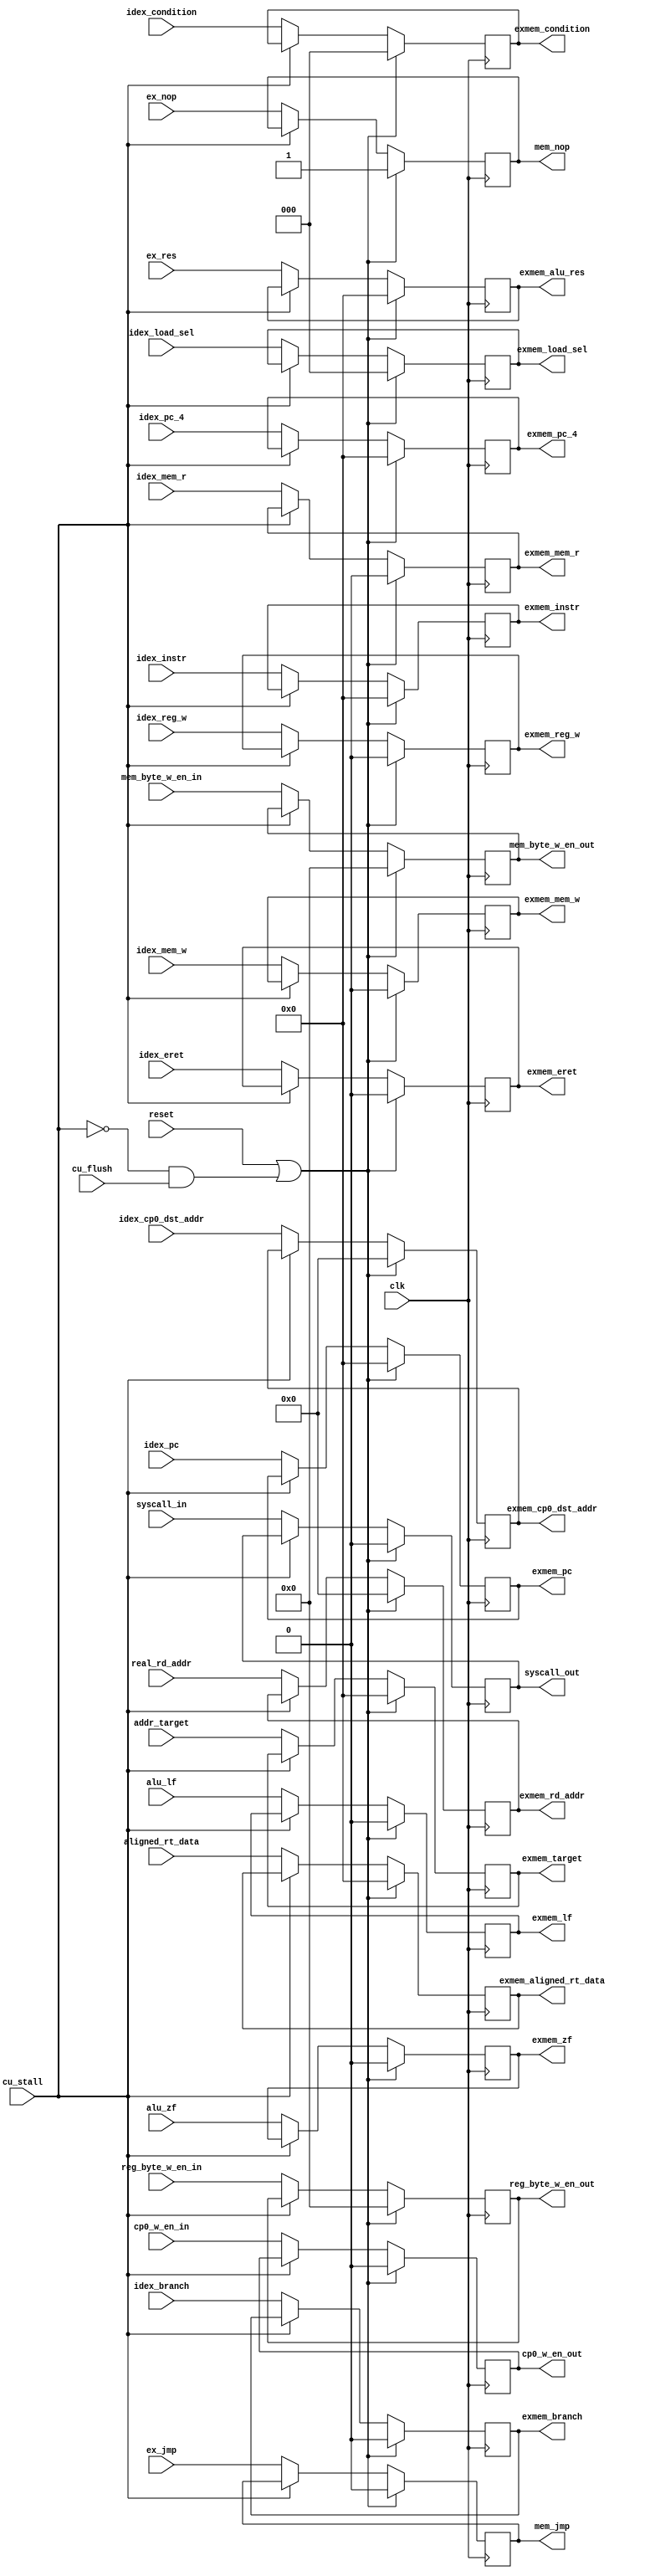
`timescale 1ns / 1ps
//////////////////////////////////////////////////////////////////////////////////
// Company:  Nanjing University CS 2013
// 
// Design Name: 
// Module Name: exmem_reg
// Project Name: 
// Target Devices: 
// Tool Versions: 
// Description: 
// 
// Dependencies: 
// 
// Revision:
// Revision 0.01 - File Created
// Additional Comments:
// 
//////////////////////////////////////////////////////////////////////////////////


module exmem_reg(
    input clk,
    input reset,
    input cu_stall,
    input cu_flush,
    input ex_nop,
    input ex_jmp,
    input idex_mem_w,
    input idex_mem_r,
    input idex_reg_w,
    input idex_branch,
    input [2:0] idex_condition,
    input [31:0] addr_target,
    input alu_lf,
    input alu_zf,
    input [31:0] ex_res,
    input [4:0] real_rd_addr,
    input [2:0] idex_load_sel,
    input [3:0] reg_byte_w_en_in,
    input [3:0] mem_byte_w_en_in,
    input [31:0] idex_pc,
    input [31:0] idex_pc_4,
    input [31:0] aligned_rt_data,
    input [4:0] idex_cp0_dst_addr,
    input cp0_w_en_in,
    input syscall_in,
    input idex_eret,
    input [31:0] idex_instr,
    output reg mem_nop,
    output reg mem_jmp,
    output reg [31:0] exmem_pc,
    output reg exmem_mem_w,
    output reg exmem_mem_r,
    output reg exmem_reg_w,
    output reg [3:0] reg_byte_w_en_out,
    output reg [4:0] exmem_rd_addr,
    output reg [3:0] mem_byte_w_en_out,
    output reg [31:0] exmem_alu_res,
    output reg [31:0] exmem_aligned_rt_data,
    output reg exmem_branch,
    output reg [2:0] exmem_condition,
    output reg [31:0] exmem_target,
    output reg [31:0] exmem_pc_4,
    output reg exmem_lf,
    output reg exmem_zf,
    output reg [2:0] exmem_load_sel,
    output reg [4:0] exmem_cp0_dst_addr,
    output reg cp0_w_en_out,
    output reg syscall_out,
    output reg exmem_eret,
    output reg [31:0] exmem_instr
    );

    always@(negedge clk) begin
        if (reset || (!cu_stall && cu_flush)) begin
            exmem_pc        <= 0;
            exmem_mem_w     <= 0;
            exmem_mem_r     <= 0;
            exmem_reg_w     <= 0;
            reg_byte_w_en_out   <= 0;
            exmem_rd_addr   <= 0;
            mem_byte_w_en_out   <= 0;
            exmem_alu_res   <= 0;
            exmem_aligned_rt_data   <= 0;
            exmem_branch    <= 0;
            exmem_condition <= 0;
            exmem_target    <= 0;
            exmem_pc_4      <= 0;
            exmem_lf        <= 0;
            exmem_zf        <= 0;
            exmem_load_sel  <= 0;
            exmem_cp0_dst_addr <= 0;
            cp0_w_en_out    <= 0;
            syscall_out     <= 0;
            exmem_eret      <= 0;
            mem_nop         <= 1;
            mem_jmp         <= 0;
            exmem_instr     <= 32'd0;
        end
        else if (!cu_stall) begin
            exmem_pc        <= idex_pc;
            exmem_mem_w     <= idex_mem_w;
            exmem_mem_r     <= idex_mem_r;
            exmem_reg_w     <= idex_reg_w;
            reg_byte_w_en_out   <= reg_byte_w_en_in;
            exmem_rd_addr   <= real_rd_addr;
            mem_byte_w_en_out   <= mem_byte_w_en_in;
            exmem_alu_res   <= ex_res;
            exmem_aligned_rt_data   <= aligned_rt_data;
            exmem_branch    <= idex_branch;
            exmem_condition <= idex_condition;
            exmem_target    <= addr_target;
            exmem_pc_4      <= idex_pc_4;
            exmem_lf        <= alu_lf;
            exmem_zf        <= alu_zf;
            exmem_load_sel  <= idex_load_sel;
            exmem_cp0_dst_addr <= idex_cp0_dst_addr;
            cp0_w_en_out        <= cp0_w_en_in;
            syscall_out         <= syscall_in;
            exmem_eret      <= idex_eret;
            mem_nop         <= ex_nop;
            mem_jmp         <= ex_jmp;
            exmem_instr     <= idex_instr;
        end
    end
endmodule